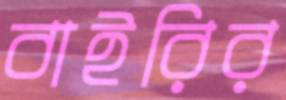
বাইরির